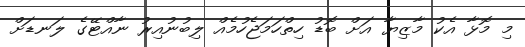
މި މޮޅާ އެކު މާޒިޔާ އަށް ބޮޑު ހިތްހަމަޖެހުމެއް ލިބުނުއިރު ނާއްޓޭގެ ލަނޑަށް